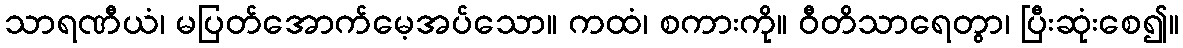
သာရဏီယံ၊ မပြတ်အောက်မေ့အပ်သော။ ကထံ၊ စကားကို။ ဝီတိသာရေတွာ၊ ပြီးဆုံးစေ၍။